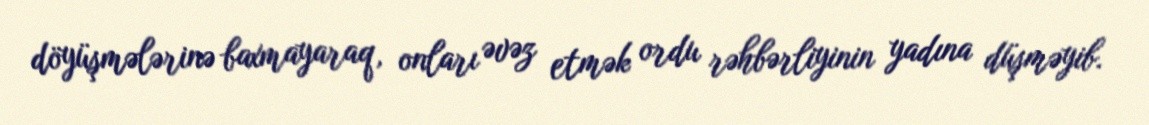
döyüşmələrinə baxmayaraq, onları əvəz etmək ordu rəhbərliyinin yadına düşməyib.